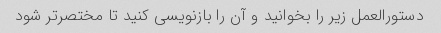
دستورالعمل زیر را بخوانید و آن را بازنویسی کنید تا مختصرتر شود